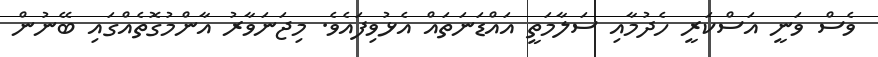
ވެސް ވަނީ އަސްކަރީ ހެދުމާއި ސަލާމަތީ އައްޑަނަތައް އެޅުވިފައެވެ. މިޖަނަވާރު އާންމުގޮތެއްގައި ބޭނުން